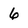
Character: 6